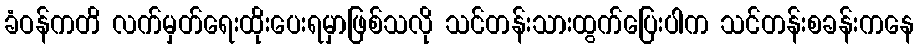
ခံဝန်ကတိ လက်မှတ်ရေးထိုးပေးရမှာဖြစ်သလို သင်တန်းသားထွက်ပြေးပါက သင်တန်းစခန်းကနေ